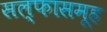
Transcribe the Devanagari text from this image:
सल्फासमूह